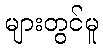
များတွင်မူ